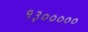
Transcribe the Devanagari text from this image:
१३०००००